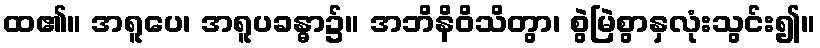
ထ၏။ အရူပေ၊ အရူပခန္ဓာ၌။ အဘိနိဝိသိတွာ၊ စွဲမြဲစွာနှလုံးသွင်း၍။